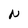
Character: N